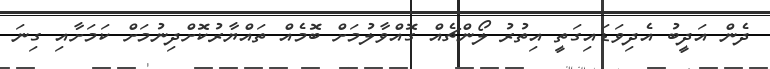
ދެން އަދީބު އެދިވަޑައިގަތީ އިތުރު ލޯންޗެއް ގޮއްވާލުމަށް ބޮމެއް ތައްޔާރުކޮށްދިނުމަށް ކަމަށާއި ގިނަ